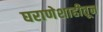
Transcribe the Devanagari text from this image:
घराणेशाहीतून